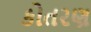
કોતરણ